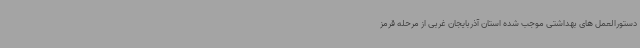
دستورالعمل های بهداشتی موجب شده استان آذربایجان غربی از مرحله قرمز